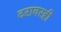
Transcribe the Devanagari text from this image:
दरावरही